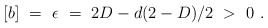
\begin{align*}[b]\ =\ \epsilon\ =\ 2D-d(2-D)/2\ >\ 0\ .\end{align*}